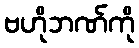
ဗဟိုဘဏ်ကို